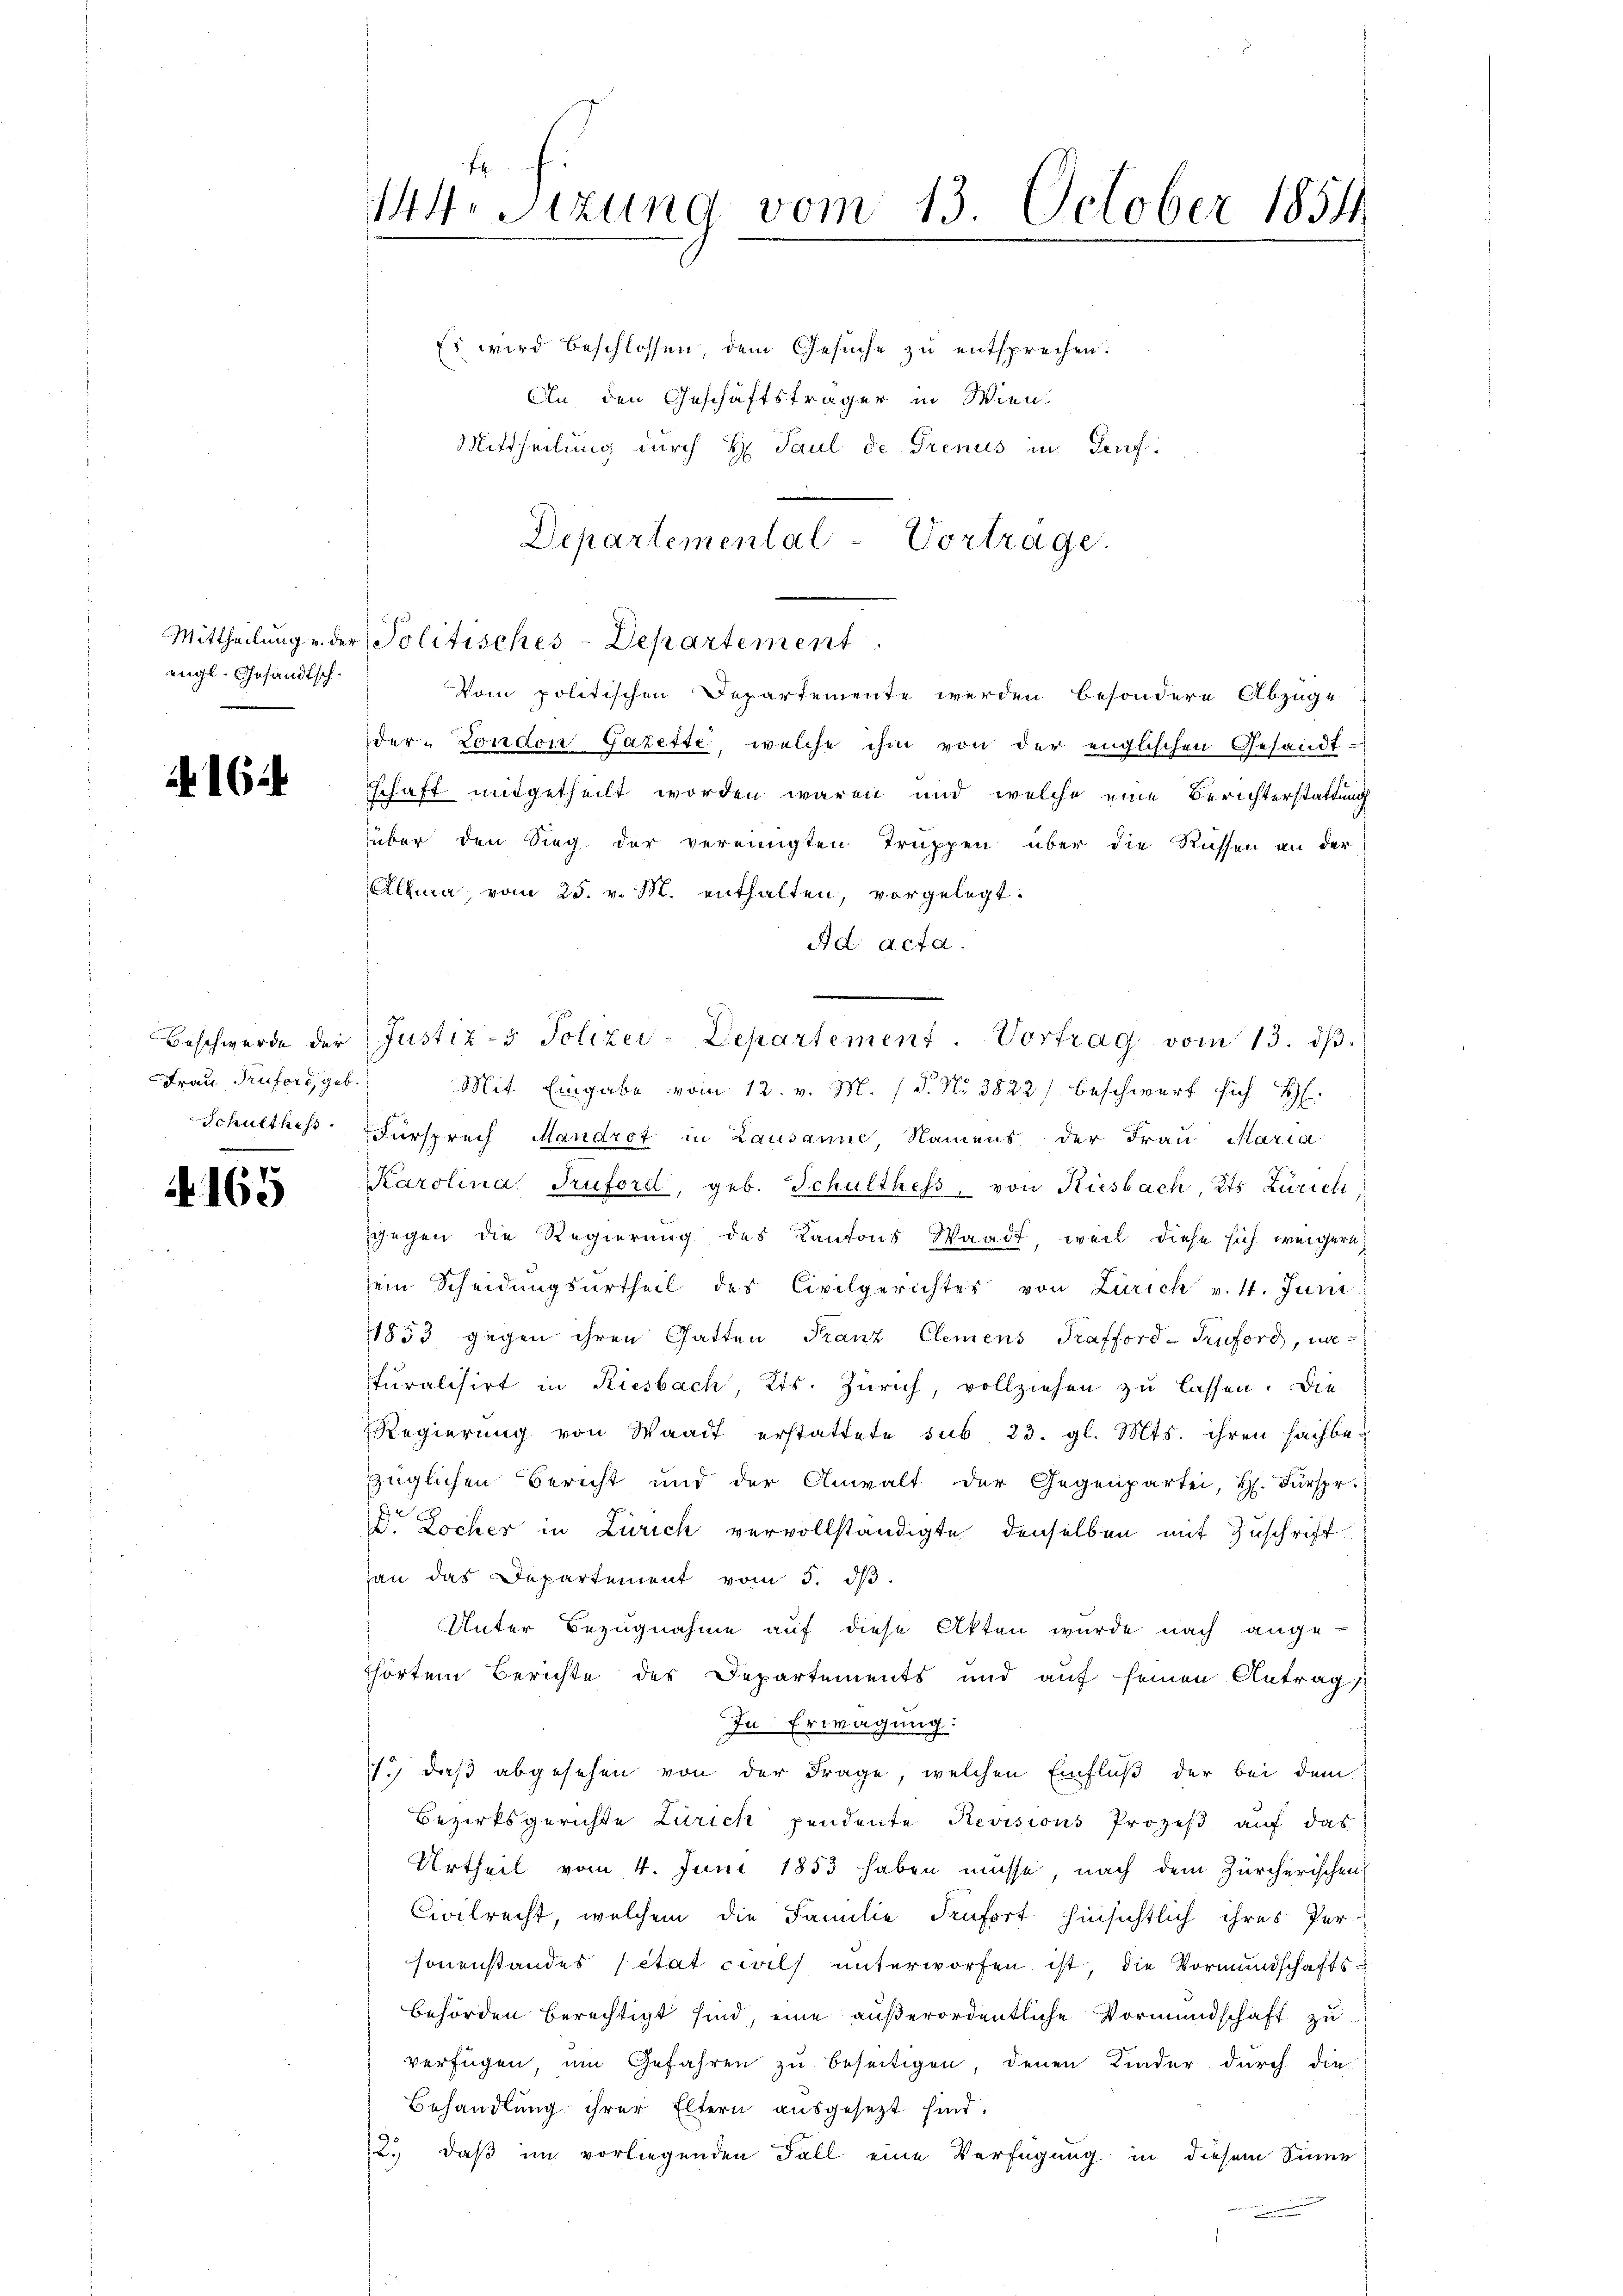
engl. Gesandtsch¬

.

16

Beschwerde der
Frau Ruford, geb.
Schulthess

165

Ihr Sitzung vom 13. October 1854

Es wird beschlossen, dem Gesuche zu entsprechen.
An den Geschäftsträger in Wien.
Mittheilung durch H. Paul de Trenus in Auf-
Mittheilung u. der Politisches-Departement
Vom politischen Departemente werden besondere Abzuge
der London Gazette, welche ihm von der englischen Gesandt-
schaft mitgetheilt worden waren und welche eine Berichterstattung
über den Sieg der vereinigten Truppen über die Rüssen an der
Alma vom 25. v. M. enthalten, vorgelegt:
Ad acta.
Mit Eingabe vom 12. v. M. (S. Nr. 3523) beschwert sich H
Fürsprech Mandrot in Lausanne Namens der Frau Maria
Karolina Tuford, geb. Schulthess, von Riesbach, Kts Zürich
gegen die Regierung des Kantons Waadt, weil diese sich weigern
sein Scheidungsurtheil des Civilgerichter von Zürich v. 11. Juni
1853 gegen ihren Gatten Franz Clemens Prafford-Truford, naturalisirt in Riesbach, Kts. Zürich, vollziehen zu lassen. Die
Regierŭng von Waadt erstattete sub. 23. gl. Mts. ihren sachbe-
züglichen Bericht und der Anwalt der Gegenpartei, H. Fürspr.
Dr Locher in Zürich vervollständigte denselben mit Zuschrift
han das Departement vom 3. dβ.
Unter Bezugnahme auf diese Akten wurde nach angethörten Berichte des Departements und auf seinen Antrag,
In Erwägung:
1.) daß abgesehen von der Frage, welchen Einfluß der bei dem
Bezirksgerichte Zürich pendente Revisions Prozeß auf das
Urtheil vom 4. Juni 1853 haben müsse, nach dem Zürcherischen
Civilrecht, welchem die Familie Senfort hinsichtlich ihres Per-
sonenstandes état civils unterworfen ist, die Vormundschafts¬
Behörden berechtigt sind, eine außerordentliche Vormundschaft zu
verfügen um Gefahren zu beseitigen, denen Kinder durch die
Behandlung ihrer Eltern ausgesezt sind.
12. daß im vorliegenden Fall eine Verfügung in diesem Sinne

Departemental-Vortrage.

Justiz- & Polizei-Departement. Vortrag vom 13. dβ.